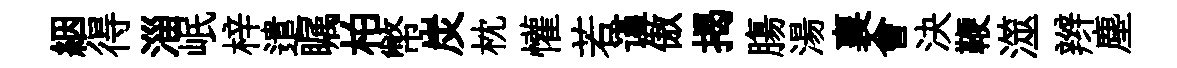
絪得淄岷梓遣瞩柏幣炭枕懽若谨傲揭膓湯襄會決鞭澨辫塵